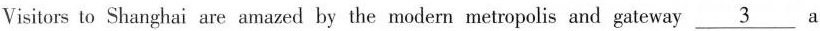
Visitors to Shanghai are amazed by the modern metropolis and gateway \underline{3} a